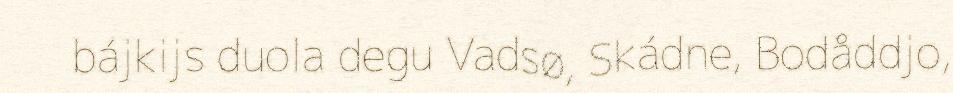
bájkijs duola degu Vadsø, Skádne, Bodåddjo,